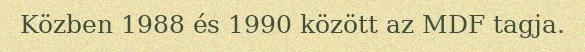
Közben 1988 és 1990 között az MDF tagja.